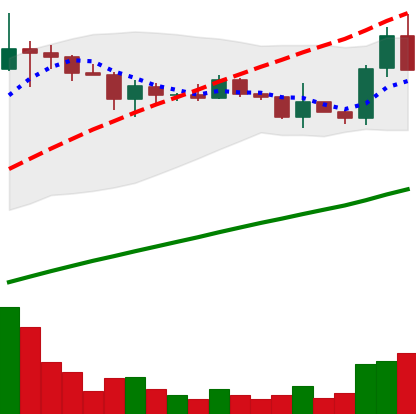
Ticker: ADA-USD
Chart end date: 2021-03-18
Forward return: -9.48%
Label: down_7plus